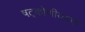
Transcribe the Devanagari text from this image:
षट्कोणीयबर्फ